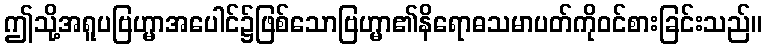
ဤသို့အရူပဗြဟ္မာအပေါင်၌ဖြစ်သောဗြဟ္မာ၏နိရောဓသမာပတ်ကိုဝင်စားခြင်းသည်။